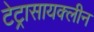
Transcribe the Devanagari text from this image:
टेट्रासायक्लीन